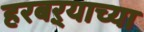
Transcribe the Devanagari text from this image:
हरबऱ्याच्या